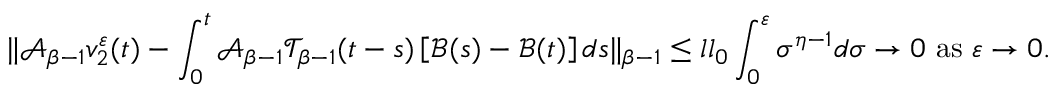
\| \mathcal { A } _ { \beta - 1 } v _ { 2 } ^ { \varepsilon } ( t ) - \int _ { 0 } ^ { t } \mathcal { A } _ { \beta - 1 } \mathcal { T } _ { \beta - 1 } ( t - s ) \left[ \mathcal { B } ( s ) - \mathcal { B } ( t ) \right] d s \| _ { \beta - 1 } \leq l l _ { 0 } \int _ { 0 } ^ { \varepsilon } \sigma ^ { \eta - 1 } d \sigma \rightarrow 0 \mathrm { ~ a s ~ } \varepsilon \rightarrow 0 .